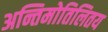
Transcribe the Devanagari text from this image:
अन्तिमोतिलितय